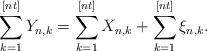
LaTeX: \begin{align*}\sum_{k=1}^{[nt]}Y_{n,k}=\sum_{k=1}^{[nt]}X_{n,k}+\sum_{k=1}^{[nt]}\xi_{n,k}.\end{align*}